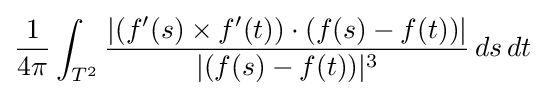
{\frac {1}{4\pi }}\int _{T^{2}}{\frac {|(f'(s)\times f'(t))\cdot (f(s)-f(t))|}{|(f(s)-f(t))|^{3}}}\,ds\,dt